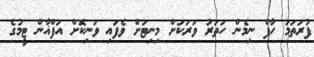
ފުރަތަމަ ހާފް ނިމެން ހަތަރު ވަރަކަށް މިނިޓަށް ވެފައި ވަނިކޮށް އަފްޣާން ޓީމުގެ